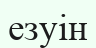
езуін